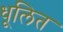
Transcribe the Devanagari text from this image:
धूलित